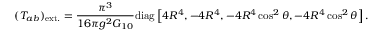
( T _ { a b } ) _ { \mathrm { e x t . } } = \frac { \pi ^ { 3 } } { 1 6 \pi g ^ { 2 } G _ { 1 0 } } \mathrm { d i a g } \left[ 4 R ^ { 4 } , - 4 R ^ { 4 } , - 4 R ^ { 4 } \cos ^ { 2 } \theta , - 4 R ^ { 4 } \cos ^ { 2 } \theta \right] .